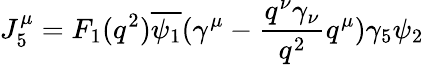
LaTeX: J_{5}^{\mu}=F_{1}(q^{2})\overline{{{\psi_{1}}}}(\gamma^{\mu}-\frac{q^{\nu}\gamma_{\nu}}{q^{2}}q^{\mu})\gamma_{5}\psi_{2}